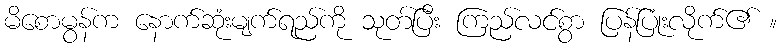
မိစောမွန်က နောက်ဆုံးမျက်ရည်ကို သုတ်ပြီး ကြည်လင်စွာ ပြန်ပြုံးလိုက်၏ ။